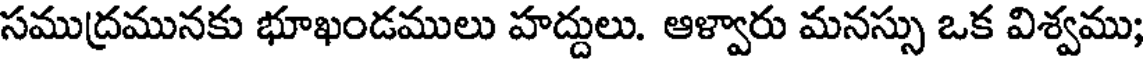
సముద్రమునకు భూఖండములు హద్దులు. ఆళ్వారు మనస్సు ఒక విశ్వము;